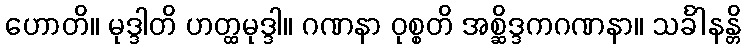
ဟောတိ။ မုဒ္ဒါတိ ဟတ္ထမုဒ္ဒါ။ ဂဏနာ ဝုစ္စတိ အစ္ဆိဒ္ဒကဂဏနာ။ သင်္ခါနန္တိ